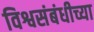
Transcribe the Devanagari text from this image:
विश्वसंबंधीच्या